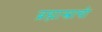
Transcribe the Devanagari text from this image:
ब्रह्मास्त्राची